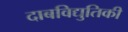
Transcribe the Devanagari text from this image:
दाबविद्युतिकी